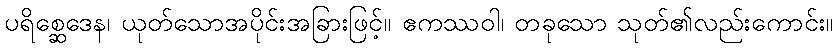
ပရိစ္ဆေဒေန၊ ယုတ်သောအပိုင်းအခြားဖြင့်။ ဧကဿဝါ၊ တခုသော သုတ်၏လည်းကောင်း။